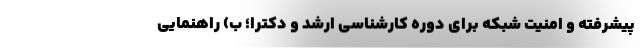
پیشرفته و امنیت شبکه برای دوره کارشناسی ارشد و دکترا؛ ب) راهنمایی